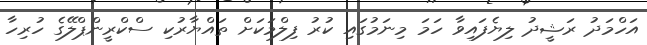
އަހްމަދު ރަޝީދު ލިޔެފައިވާ ހަމަ މިނަމުގައި ކުރު ފިލްމަކަށް ތައްޔާރުކި ސްކްރީންޕްލޭގެ ހުރިހާ